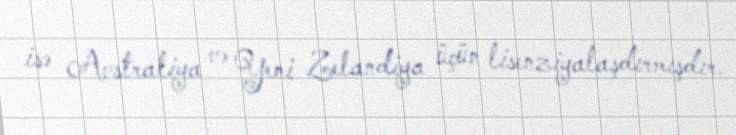
isə Avstraliya və Yeni Zelandiya üçün lisenziyalaşdırmışdır.